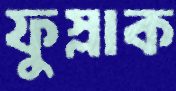
ফুস্‌লাক